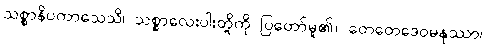
သစ္စာနိပကာသေသိ၊ သစ္စာလေးပါးတို့ကို ပြတော်မူ၏။ တေတေဒေဝမနုဿာ၊